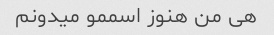
هی من هنوز اسممو میدونم